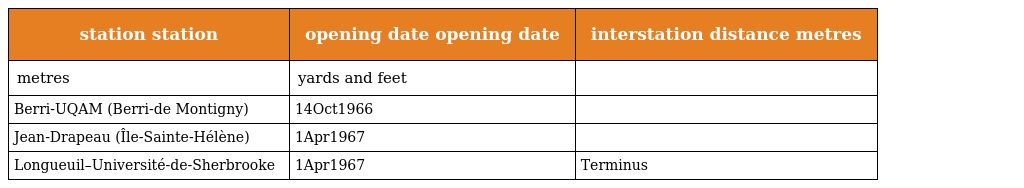
| station station | opening date opening date | interstation distance metres |
 | --- | --- | --- |
 | metres | yards and feet |  |
 | Berri-UQAM (Berri-de Montigny) | 14Oct1966 |  |
 | Jean-Drapeau (Île-Sainte-Hélène) | 1Apr1967 |  |
 | Longueuil–Université-de-Sherbrooke | 1Apr1967 | Terminus |